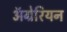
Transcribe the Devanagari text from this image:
ॲग्रेरियन